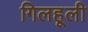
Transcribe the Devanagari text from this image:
गिलहूली